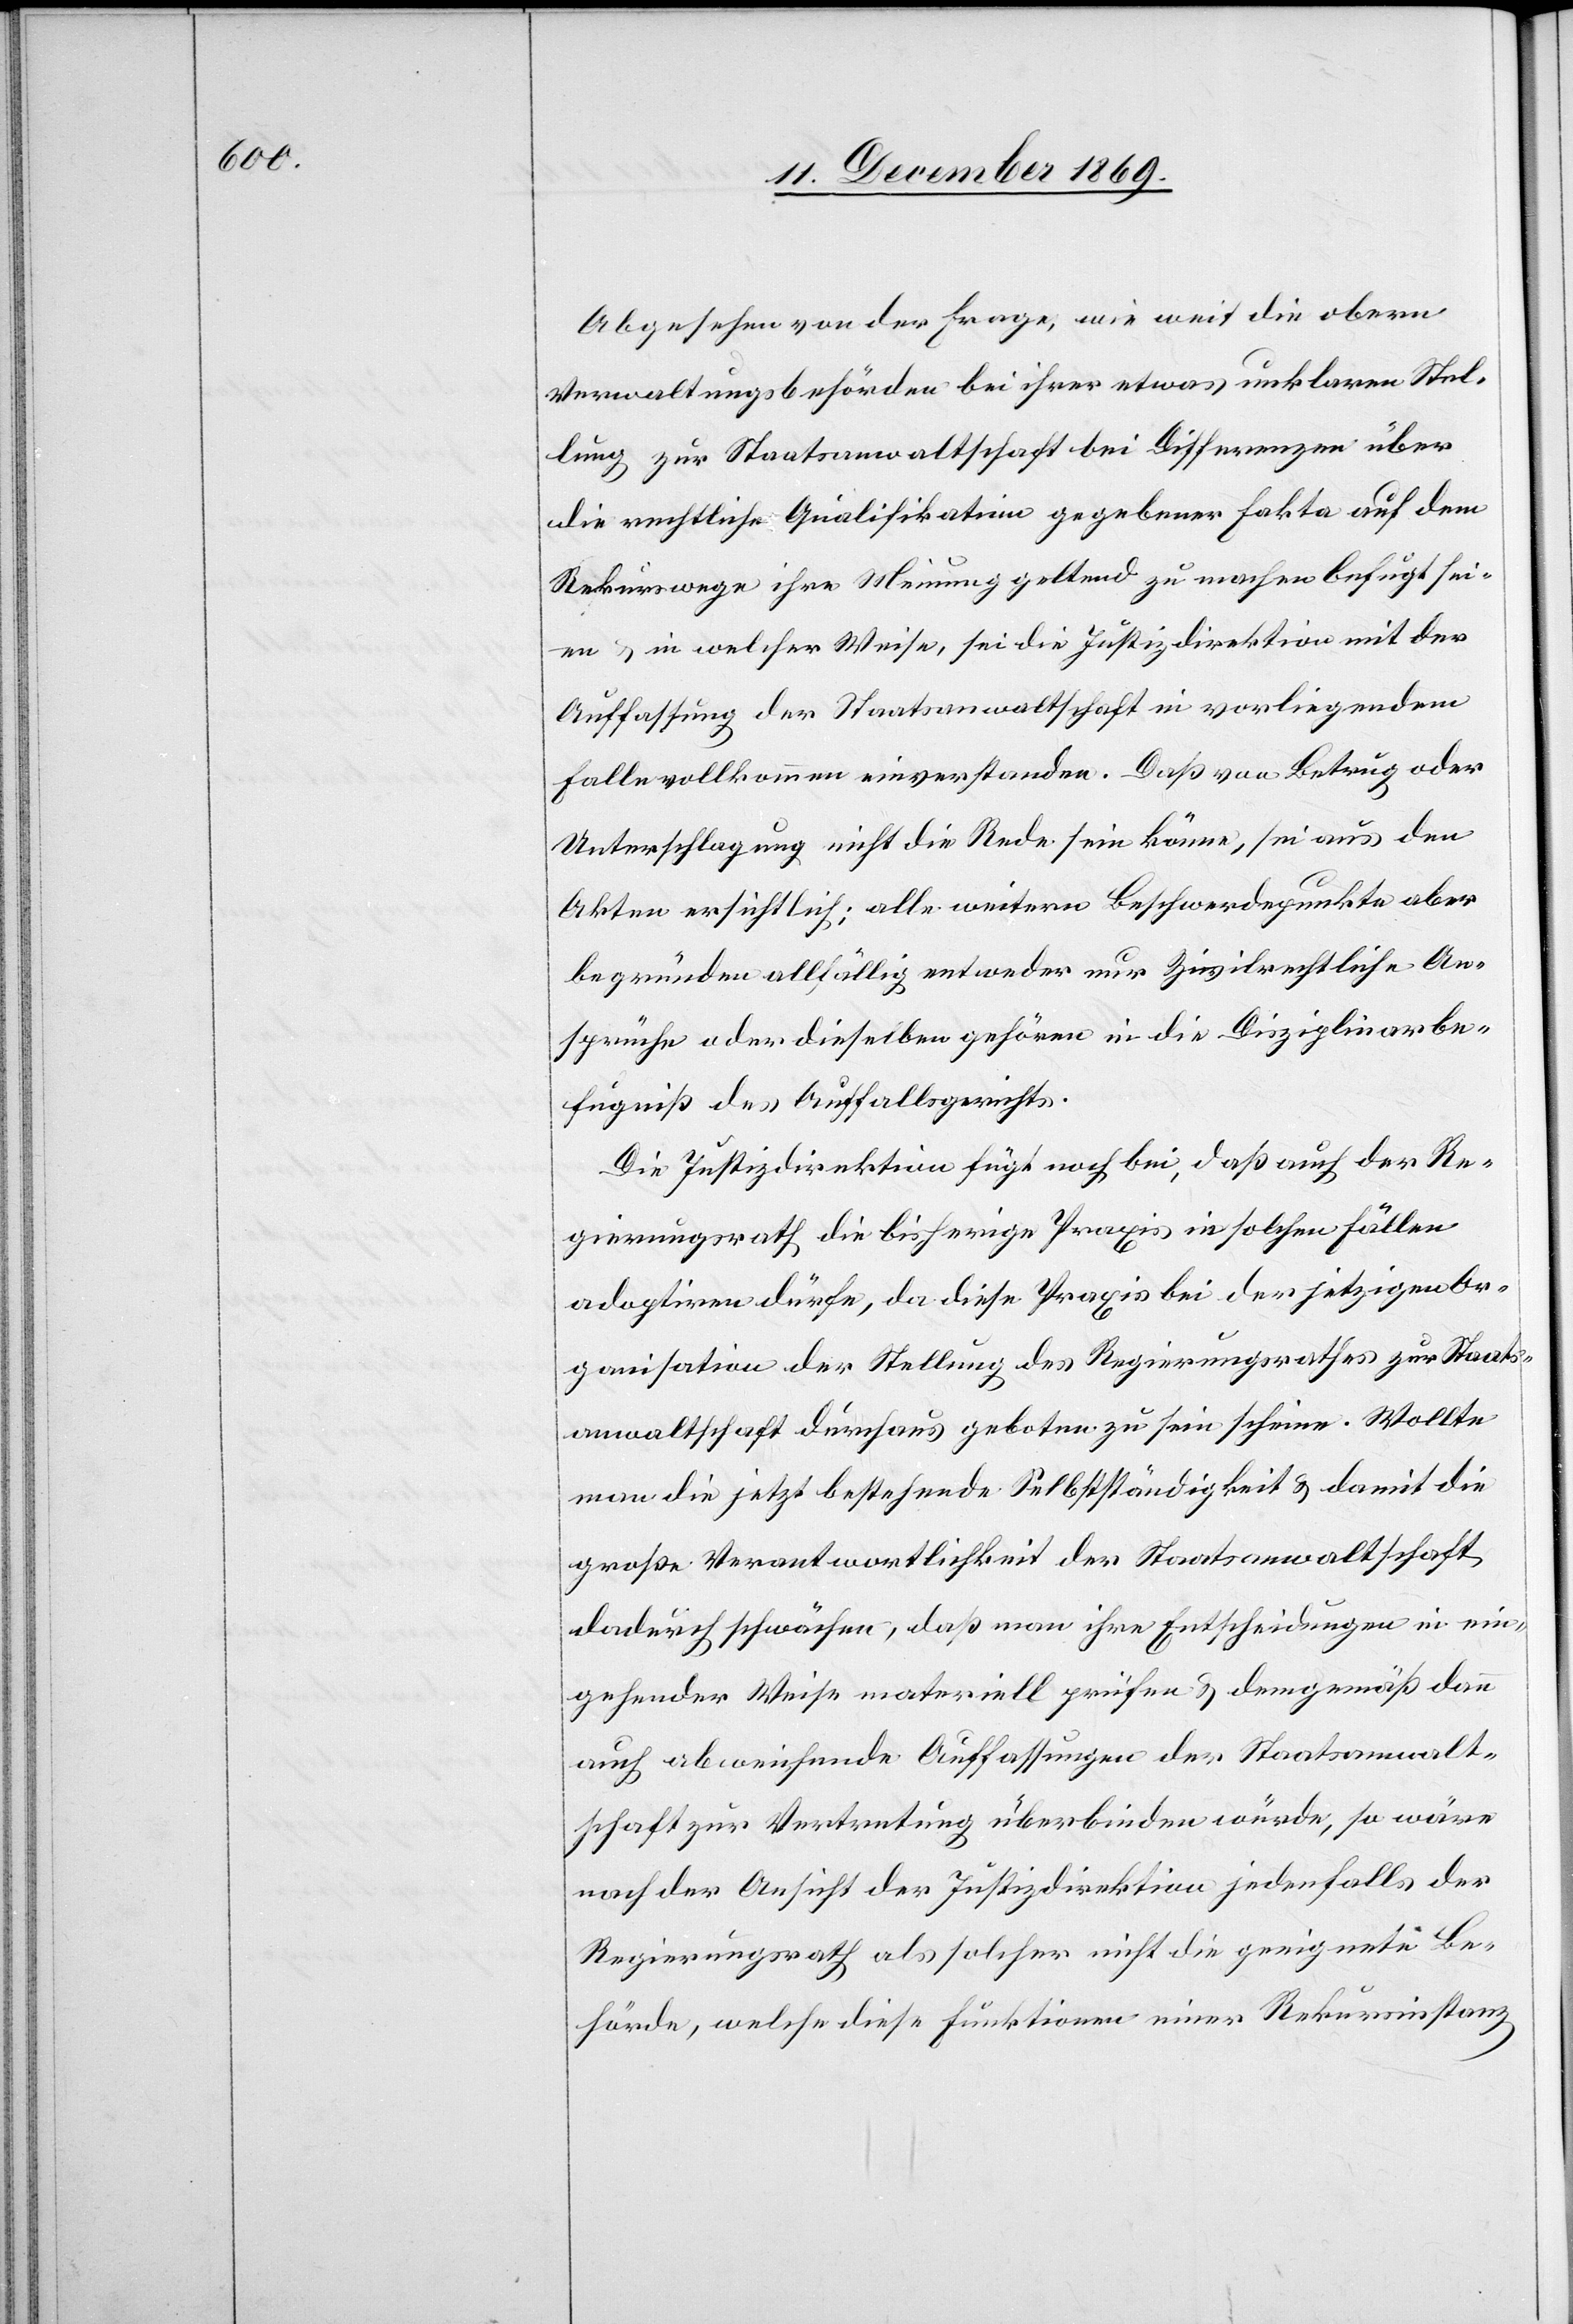
Abgesehen von der Frage, wie weit die obern
Verwaltungsbehörden bei ihrer etwas unklaren Stel¬
lung zur Staatsanwaltschaft bei Differenzen über
die rechtliche Qualifikation gegebener Fakta auf dem
Rekurswege ihre Meinung geltend zu machen befugt sei¬
en & in welcher Weise, sei die Justizdirektion mit der
Auffassung der Staatsanwaltschaft in vorliegendem
Falle vollkommen einverstanden. Daß von Betrug oder
Unterschlagung nicht die Rede sein könne, sei aus den
Akten ersichtlich; alle weitern Beschwerdepunkte aber
begründen allfällig entweder nur Zivilrechtliche An¬
sprüche oder dieselben gehören in die Disziplinarbe¬
fugniß des Auffallsgerichts.
Die Justizdirektion fügt noch bei, daß auch der Re¬
gierungsrath die bisherige Praxis in solchen Fällen
adoptiren dürfe, da diese Praxis bei der jetzigen Or¬
ganisation der Stellung des Regierungsrathes zur Staats¬
anwaltschaft durchaus geboten zu sein scheine. Wollte
man die jetzt bestehende Selbstständigkeit & damit die
große Verantwortlichkeit der Staatsanwaltschaft
dadurch schwächen, daß man ihre Entscheidungen in ein¬
gehender Weise materiell prüfen & demgemäß dann
auch abweichende Auffassungen der Staatsanwalt¬
schaft zur Vertretung überbinden würde, so wäre
nach der Ansicht der Justizdirektion jedenfalls der
Regierungsrath als solcher nicht die geeignete Be¬
hörde, welche diese Funktionen einer Rekursinstanz